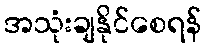
အသုံးချနိုင်စေရန်